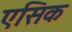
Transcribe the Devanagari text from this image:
एसिक